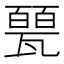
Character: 𱰐